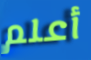
أعلم